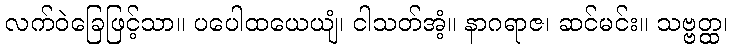
လက်ဝဲခြေဖြင့်သာ။ ပပေါထယေယျံ၊ ငါသတ်အံ့။ နာဂရာဇ၊ ဆင်မင်း။ သဗ္ဗတ္ထ၊